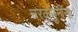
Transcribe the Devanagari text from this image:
चरकमुनींना